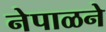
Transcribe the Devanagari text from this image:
नेपाळने